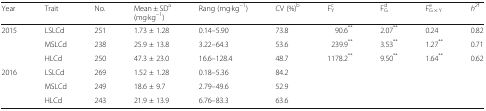
| Year | Trait | No. | Mean ± SDa(mg·kg−1) | Rang (mg·kg−1) | CV (%)b | FYc | FGd | FG × Ye | h2f |
 | --- | --- | --- | --- | --- | --- | --- | --- | --- | --- |
 | <ROWSPAN=3> 2015 | LSLCd | 251 | 1.73 ± 1.28 | 0.14–5.90 | 73.8 | 90.6** | 2.07** | 0.24 | 0.82 |
 | MSLCd | 238 | 25.9 ± 13.8 | 3.22–64.3 | 53.6 | 239.9** | 3.53** | 1.27** | 0.71 |
 | HLCd | 250 | 47.3 ± 23.0 | 16.6–128.4 | 48.7 | 1178.2** | 9.50** | 1.64** | 0.62 |
 | <ROWSPAN=3> 2016 | LSLCd | 269 | 1.52 ± 1.28 | 0.18–5.36 | 84.2 |  |  |  |  |
 | MSLCd | 249 | 18.6 ± 9.7 | 2.79–49.6 | 52.9 |  |  |  |  |
 | HLCd | 243 | 21.9 ± 13.9 | 6.76–83.3 | 63.6 |  |  |  |  |